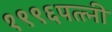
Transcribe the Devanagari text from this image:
१९९६पत्त्नी